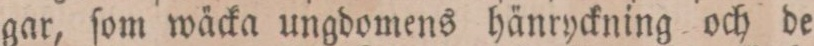
gar, ſom wäcka ungdomens hänryckning och de